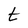
Character: t